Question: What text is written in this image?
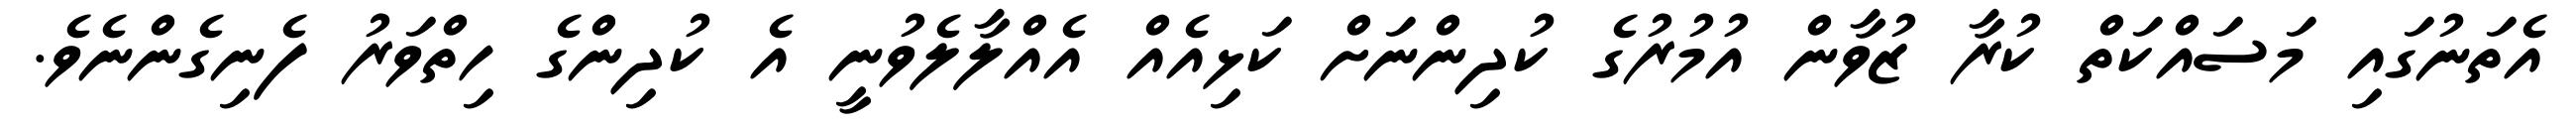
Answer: އެތަނުގައި މަސައްކަތް ކުރާ ޒުވާން އުމުރުގެ ކުދިންނަށް ކަޅިއެއް އެއްލާލެވުނީ އެ ކުދިންގެ ހިތްވަރު ފެނިގެންނެވެ.